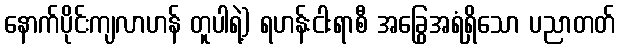
နောက်ပိုင်းကျလာဟန် တူပါရဲ့) ရဟန်းငါးရာစီ အခြွေအရံရှိသော ပညာတတ်